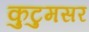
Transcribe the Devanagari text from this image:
कुटुमसर